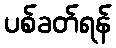
ပစ်ခတ်ရန်